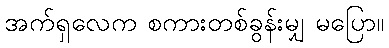
အက်ရှလေက စကားတစ်ခွန်းမျှ မပြော။